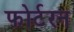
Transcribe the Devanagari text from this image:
फोर्टरन